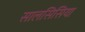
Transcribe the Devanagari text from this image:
सालसिसिया